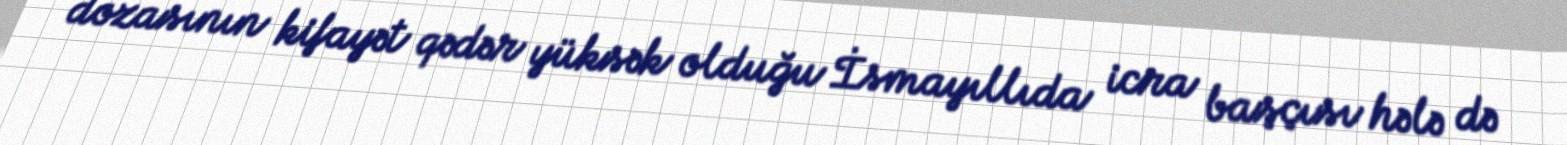
dozasının kifayət qədər yüksək olduğu İsmayıllıda icra başçısı hələ də